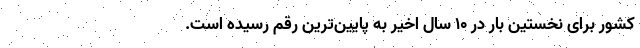
کشور برای نخستین بار در ۱۰ سال اخیر به پایین‌ترین رقم رسیده است.